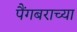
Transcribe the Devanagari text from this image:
पैंगबराच्या